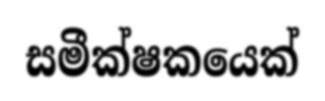
සමීක්ෂකයෙක්